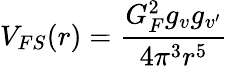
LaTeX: V_{FS}(r)={\frac{G_{F}^{2}g_{v}g_{v^{\prime}}}{4\pi^{3}r^{5}}}